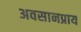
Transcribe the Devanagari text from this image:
अवसानप्राय